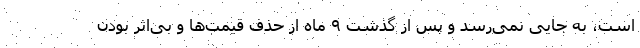
است، به جایی نمی‌رسد و پس از گذشت ۹ ماه از حذف قیمت‌ها و بی‌اثر بودن